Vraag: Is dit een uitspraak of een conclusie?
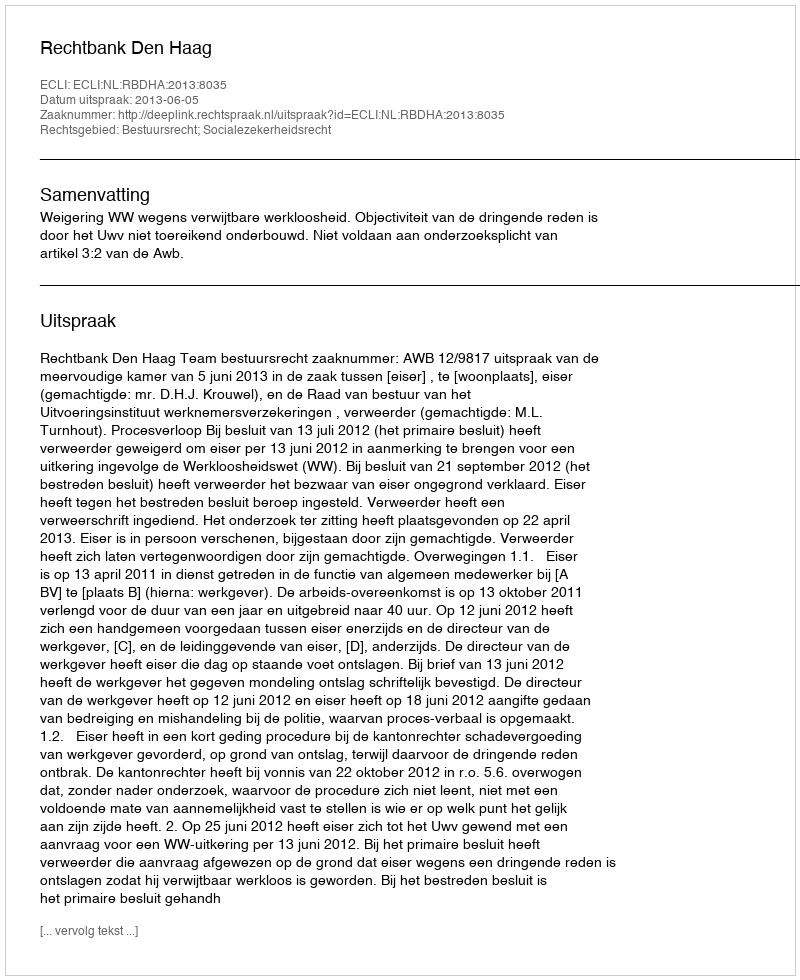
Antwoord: Uitspraak